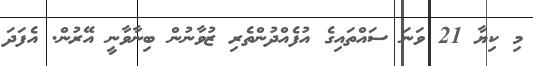
މި ކިޔާ 21 ވަނަ ސައްތައިގެ އުފެއްދުންތެރި ޒުވާނުން ބިނާވާނީ އޭރުން. އެފަދަ